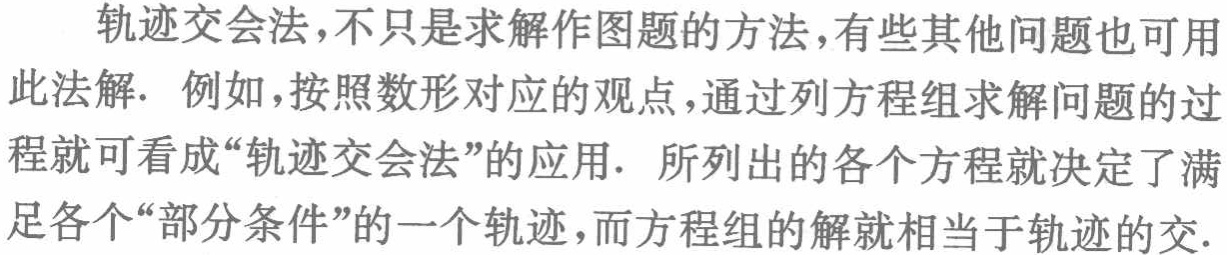
轨迹交会法,不只是求解作图题的方法,有些其他问题也可用此法解. 例如,按照数形对应的观点,通过列方程组求解问题的过程就可看成“轨迹交会法”的应用. 所列出的各个方程就决定了满足各个“部分条件”的一个轨迹,而方程组的解就相当于轨迹的交.